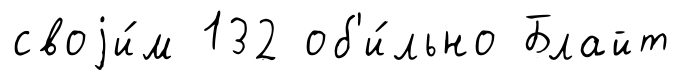
своjи́м 132 об'и́льно Блайт